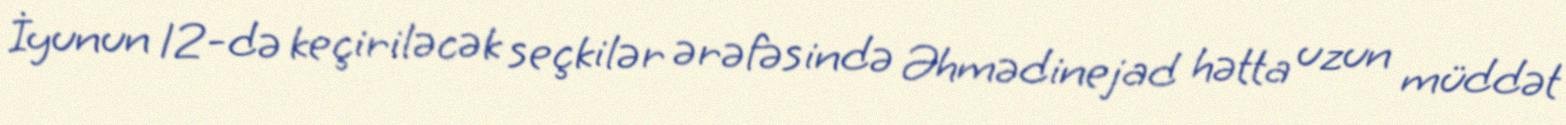
İyunun 12-də keçiriləcək seçkilər ərəfəsində Əhmədinejad hətta uzun müddət